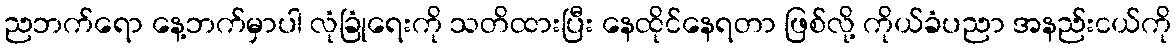
ညဘက်ရော နေ့ဘက်မှာပါ လုံခြုံရေးကို သတိထားပြီး နေထိုင်နေရတာ ဖြစ်လို့ ကိုယ်ခံပညာ အနည်းငယ်ကို